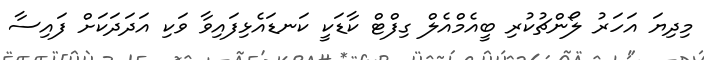
މިދިޔަ އަހަރު ލޯންޗުކުރި ބީއެމްއެލް ގިފްޓް ކާޑަކީ ކަނޑައެޅިފައިވާ ވަކި އަދަދަކަށް ފައިސާ